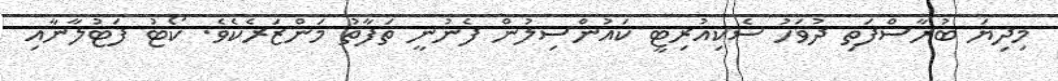
މިދިޔަ ބުރާސްފަތި ދުވަހު ސެކިއުރިޓީ ކައުންސިލުން ފެނުނީ ތަފާތު މަންޒަރެކެވެ. ކޯޓު ފަޓުލާނާއި